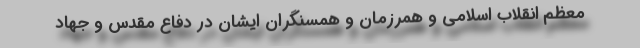
معظم انقلاب اسلامی و همرزمان و همسنگران ایشان در دفاع مقدس و جهاد